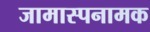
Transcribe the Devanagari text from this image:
जामास्पनामक